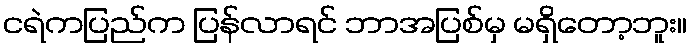
ငရဲကပြည်က ပြန်လာရင် ဘာအပြစ်မှ မရှိတော့ဘူး။